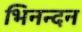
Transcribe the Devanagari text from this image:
भिनन्दन